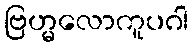
ဗြဟ္မလောကူပဂါ